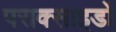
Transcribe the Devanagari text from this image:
पराक्साइडों